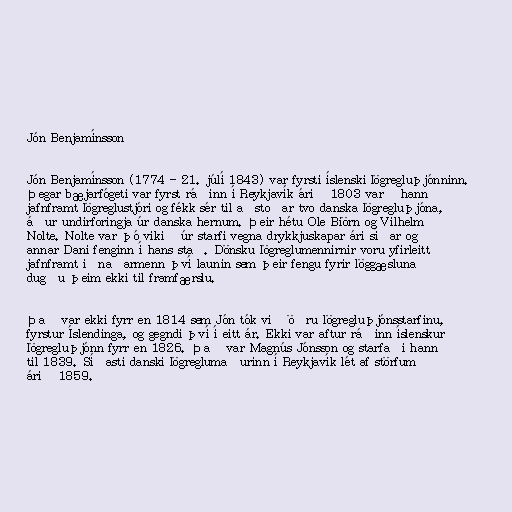
Jón Benjamínsson

Jón Benjamínsson (1774 - 21. júlí 1843) var fyrsti íslenski lögregluþjónninn.
Þegar bæjarfógeti var fyrst ráðinn í Reykjavík árið 1803 varð hann
jafnframt lögreglustjóri og fékk sér til aðstoðar tvo danska lögregluþjóna,
áður undirforingja úr danska hernum. Þeir hétu Ole Biörn og Vilhelm
Nolte. Nolte var þó vikið úr starfi vegna drykkjuskapar ári síðar og
annar Dani fenginn í hans stað. Dönsku lögreglumennirnir voru yfirleitt
jafnframt iðnaðarmenn því launin sem þeir fengu fyrir löggæsluna
dugðu þeim ekki til framfærslu.

Það var ekki fyrr en 1814 sem Jón tók við öðru lögregluþjónsstarfinu,
fyrstur Íslendinga, og gegndi því í eitt ár. Ekki var aftur ráðinn íslenskur
lögregluþjónn fyrr en 1826. Það var Magnús Jónsson og starfaði hann
til 1839. Síðasti danski lögreglumaðurinn í Reykjavík lét af störfum
árið 1859.